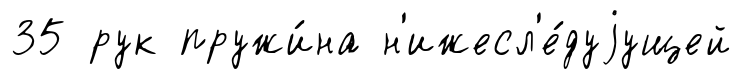
35 рук пружи́на н'ижесл'е́дуjущей